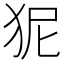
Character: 狔